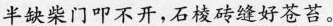
半缺柴门叩不开，石棱砖缝好苍苔。